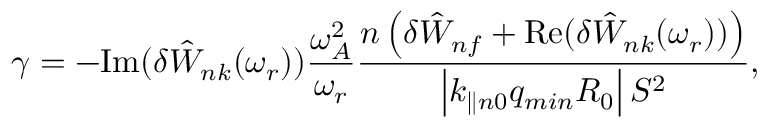
\gamma = - \mathrm { I m } ( \delta { \hat { W } } _ { n k } ( \omega _ { r } ) ) \frac { \omega _ { A } ^ { 2 } } { \omega _ { r } } \frac { n \left( \delta { \hat { W } } _ { n f } + \mathrm { R e } ( { \delta { \hat { W } } _ { n k } ( \omega _ { r } ) ) } \right) } { \left| k _ { \parallel n 0 } q _ { m i n } R _ { 0 } \right| S ^ { 2 } } ,